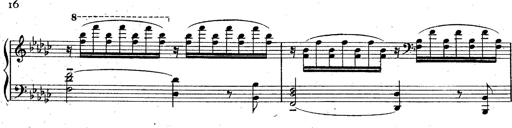
Title: La Marseillaise
Composer: Franz Liszt
Key: B-flat major